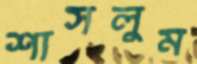
শাসলুম